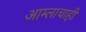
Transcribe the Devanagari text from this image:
आम्लाचाही